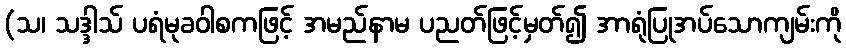
(သ၊ သဒ္ဒါသ် ပရံမုခဝါစကဖြင့် အမည်နာမ ပညတ်ဖြင့်မှတ်၍ အာရုံပြုအပ်သောကျမ်းကို